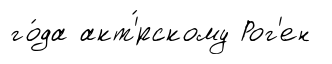
го́да акт'́рскому Рог'ен